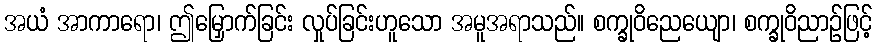
အယံ အာကာရော၊ ဤမြှောက်ခြင်း လှုပ်ခြင်းဟူသော အမူအရာသည်။ စက္ခုဝိညေယျော၊ စက္ခုဝိညာဉ်ဖြင့်